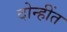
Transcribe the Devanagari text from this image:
दोन्हींत